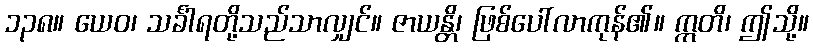
၁၃၈။ ယေဝ၊ သင်္ခါရတို့သည်သာလျှင်။ ဇာယန္တိ၊ ဖြစ်ပေါ်လာကုန်၏။ ဣတိ၊ ဤသို့။